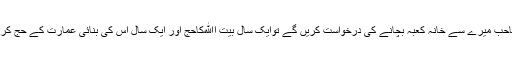
اس کاخیال تھاکہ حضرت صاحب میرے سے خانہ کعبہ بچانے کی درخواست کریں گے توایک سال بیت اﷲکاحج اور ایک سال اس کی بنائی عمارت کے حج کرنے پر بات طے ہوجائے گی۔